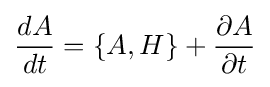
{\frac {dA}{dt}}=\{A,H\}+{\frac {\partial A}{\partial t}}